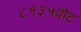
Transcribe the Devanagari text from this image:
८१३५वोट